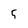
Character: 5